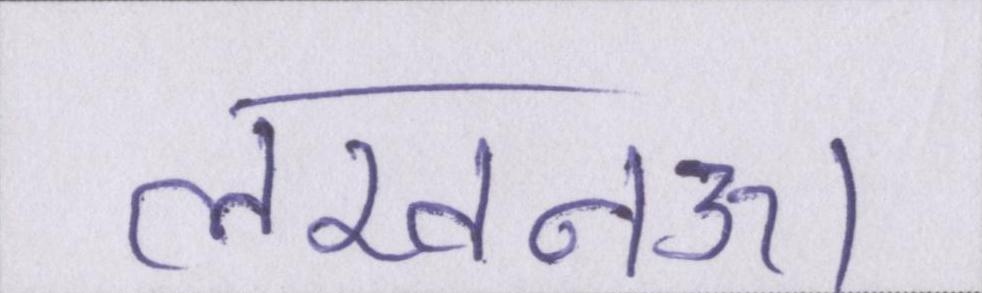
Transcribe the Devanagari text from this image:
लखनऊ।